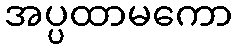
အပ္ပထာမကော